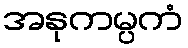
အနုကမ္ပကံ